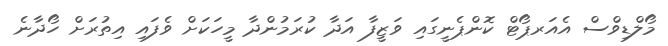
މޯލްޑިވްސް އެއަރޕޯޓް ކޮންޕެނީގައި ވަޒީފާ އަދާ ކުރަމުންދާ މީހަކަށް ވެފައި އިތުރަށް ހޯދާނެ